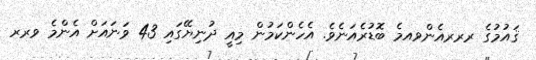
ޤައުމުގެ ރރރއެންވއމެ ބޮޑުރެއަނެވެ. އެހެންކަމުން މިއީ ދުނިޔޭގައި 43 ވަނައަށް އެންމެ ވރރ